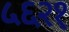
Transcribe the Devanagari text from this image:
५६२१